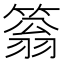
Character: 䈵